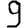
Digit: 9